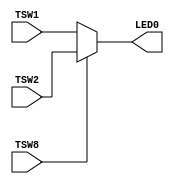
module Selector_Circuit(TSW1, TSW2, TSW8, LED0);

	input TSW1, TSW2, TSW8;
	output LED0;
	
	assign LED0 = (TSW8 == 1) ? TSW2 : TSW1;

endmodule